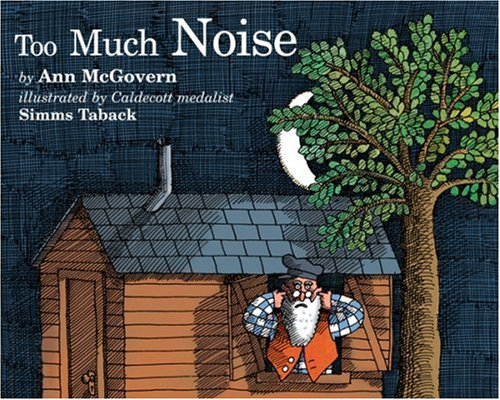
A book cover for Too Much Noise (Sandpiper books); Ann McGovern; Politics & Social Sciences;